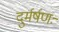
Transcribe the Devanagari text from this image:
दुर्मर्षणः